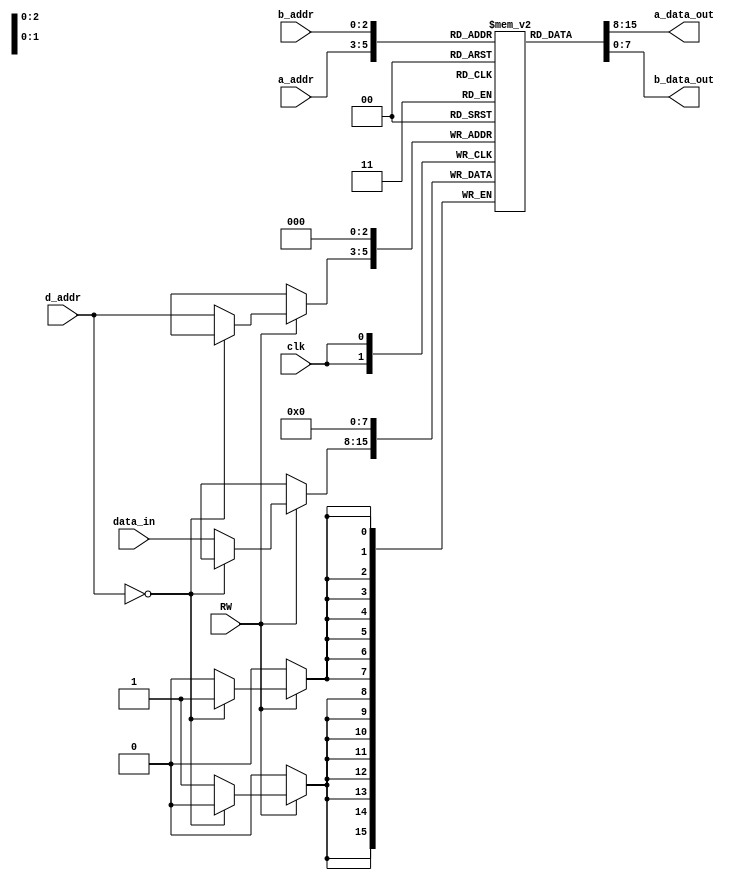
`timescale 1ns / 1ps
//////////////////////////////////////////////////////////////////////////////////

// Module Name: register_file  

//////////////////////////////////////////////////////////////////////////////////


module register_file(	input clk,
    input RW, // enable write
    input [2:0] a_addr,
    input [2:0] b_addr,
    input [2:0] d_addr,
    input [7:0] data_in,
    output [7:0]a_data_out,
    output [7:0]b_data_out);
    reg [7:0]reg_arr[0:7];
    
    integer i;

    initial begin
        for ( i=0; i < 8; i=i+1)
            reg_arr[i] = 8'b00000000;    
        end
        
    always@(negedge clk)
    begin
       
 if ( RW == 1)    // WRITE
   begin
	if ( d_addr == 3'b000)
		begin
		reg_arr[000]= 8'b00000000;
		end
	 else
	    begin 
       	reg_arr[d_addr]= data_in;
	    end
     end
   end

 assign     a_data_out = reg_arr[a_addr];
 assign     b_data_out = reg_arr[b_addr];

endmodule